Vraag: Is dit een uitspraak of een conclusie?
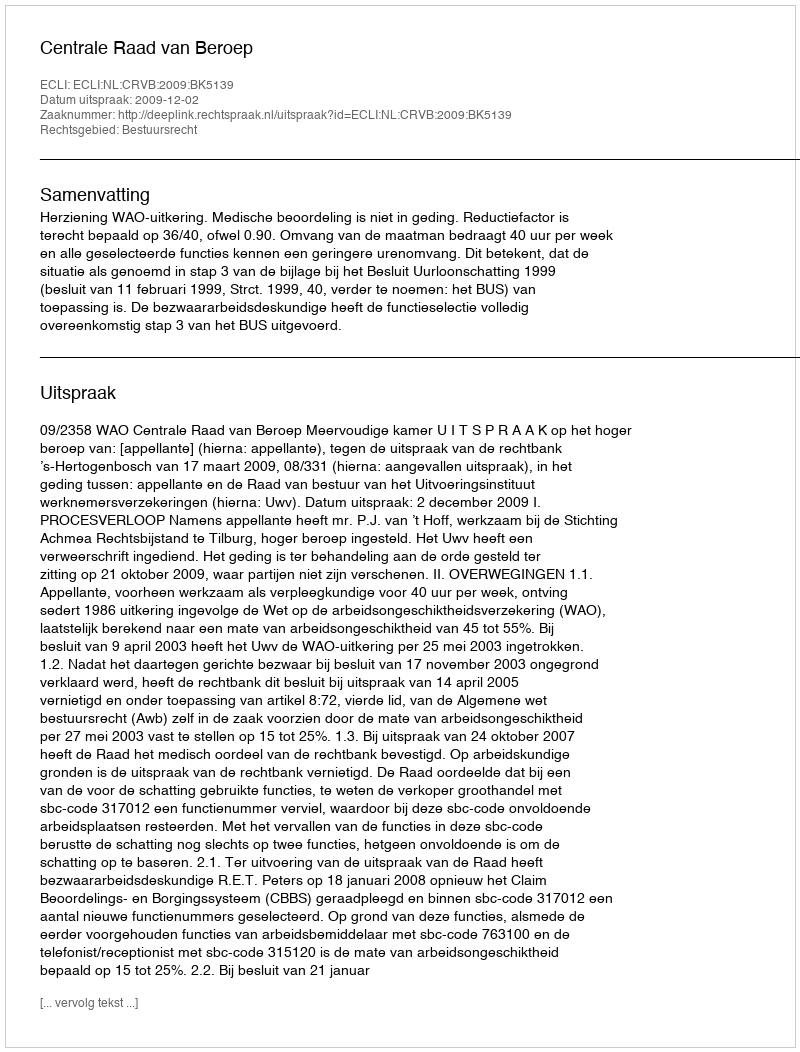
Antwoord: Uitspraak